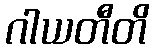
ဂါယတီတိ